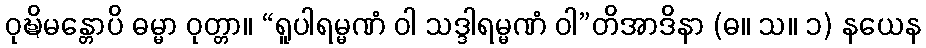
ဝုဍ္ဎိမန္တောပိ ဓမ္မာ ဝုတ္တာ။ “ရူပါရမ္မဏံ ဝါ သဒ္ဒါရမ္မဏံ ဝါ”တိအာဒိနာ (ဓ။ သ။ ၁) နယေန